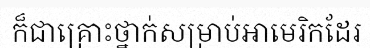
ក៏ជាគ្រោះថ្នាក់សម្រាប់អាមេរិកដែរ